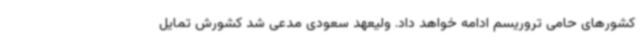
کشورهای حامی تروریسم ادامه خواهد داد. ولیعهد سعودی مدعی شد کشورش تمایل